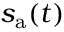
s _ { \mathrm { a } } ( t )